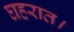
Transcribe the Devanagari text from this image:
घहरात।